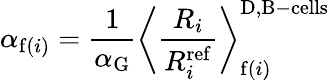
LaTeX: \alpha_{\mathrm{f}(i)}=\frac{1}{\alpha_{\mathrm{G}}}\bigg\langle\frac{R_{i}}{R_{i}^{\mathrm{ref}}}\bigg\rangle_{\mathrm{f}(i)}^{\mathrm{D,B-cells}}